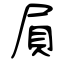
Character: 屓